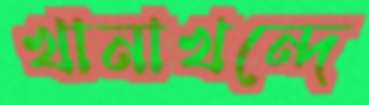
খানাখন্দে